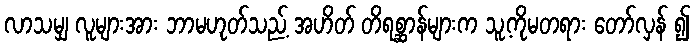
လာသမျှ လူများအား ဘာမဟုတ်သည့် အဟိတ် တိရစ္ဆာန်များက သူ့ကိုမတရား တော်လှန် ၍